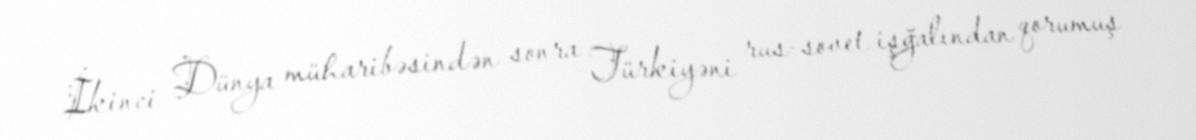
İkinci Dünya müharibəsindən sonra Türkiyəni rus-sovet işğalından qorumuş